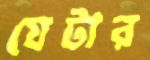
যেটার